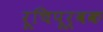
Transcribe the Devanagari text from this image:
रूचिपूर्वक